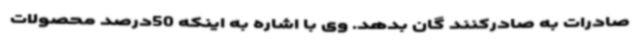
صادرات به صادرکنند گان بدهد. وی با اشاره به اینکه 50درصد محصولات